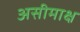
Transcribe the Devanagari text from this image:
असीमाक्ष